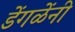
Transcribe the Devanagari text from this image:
डेंगळेंनी